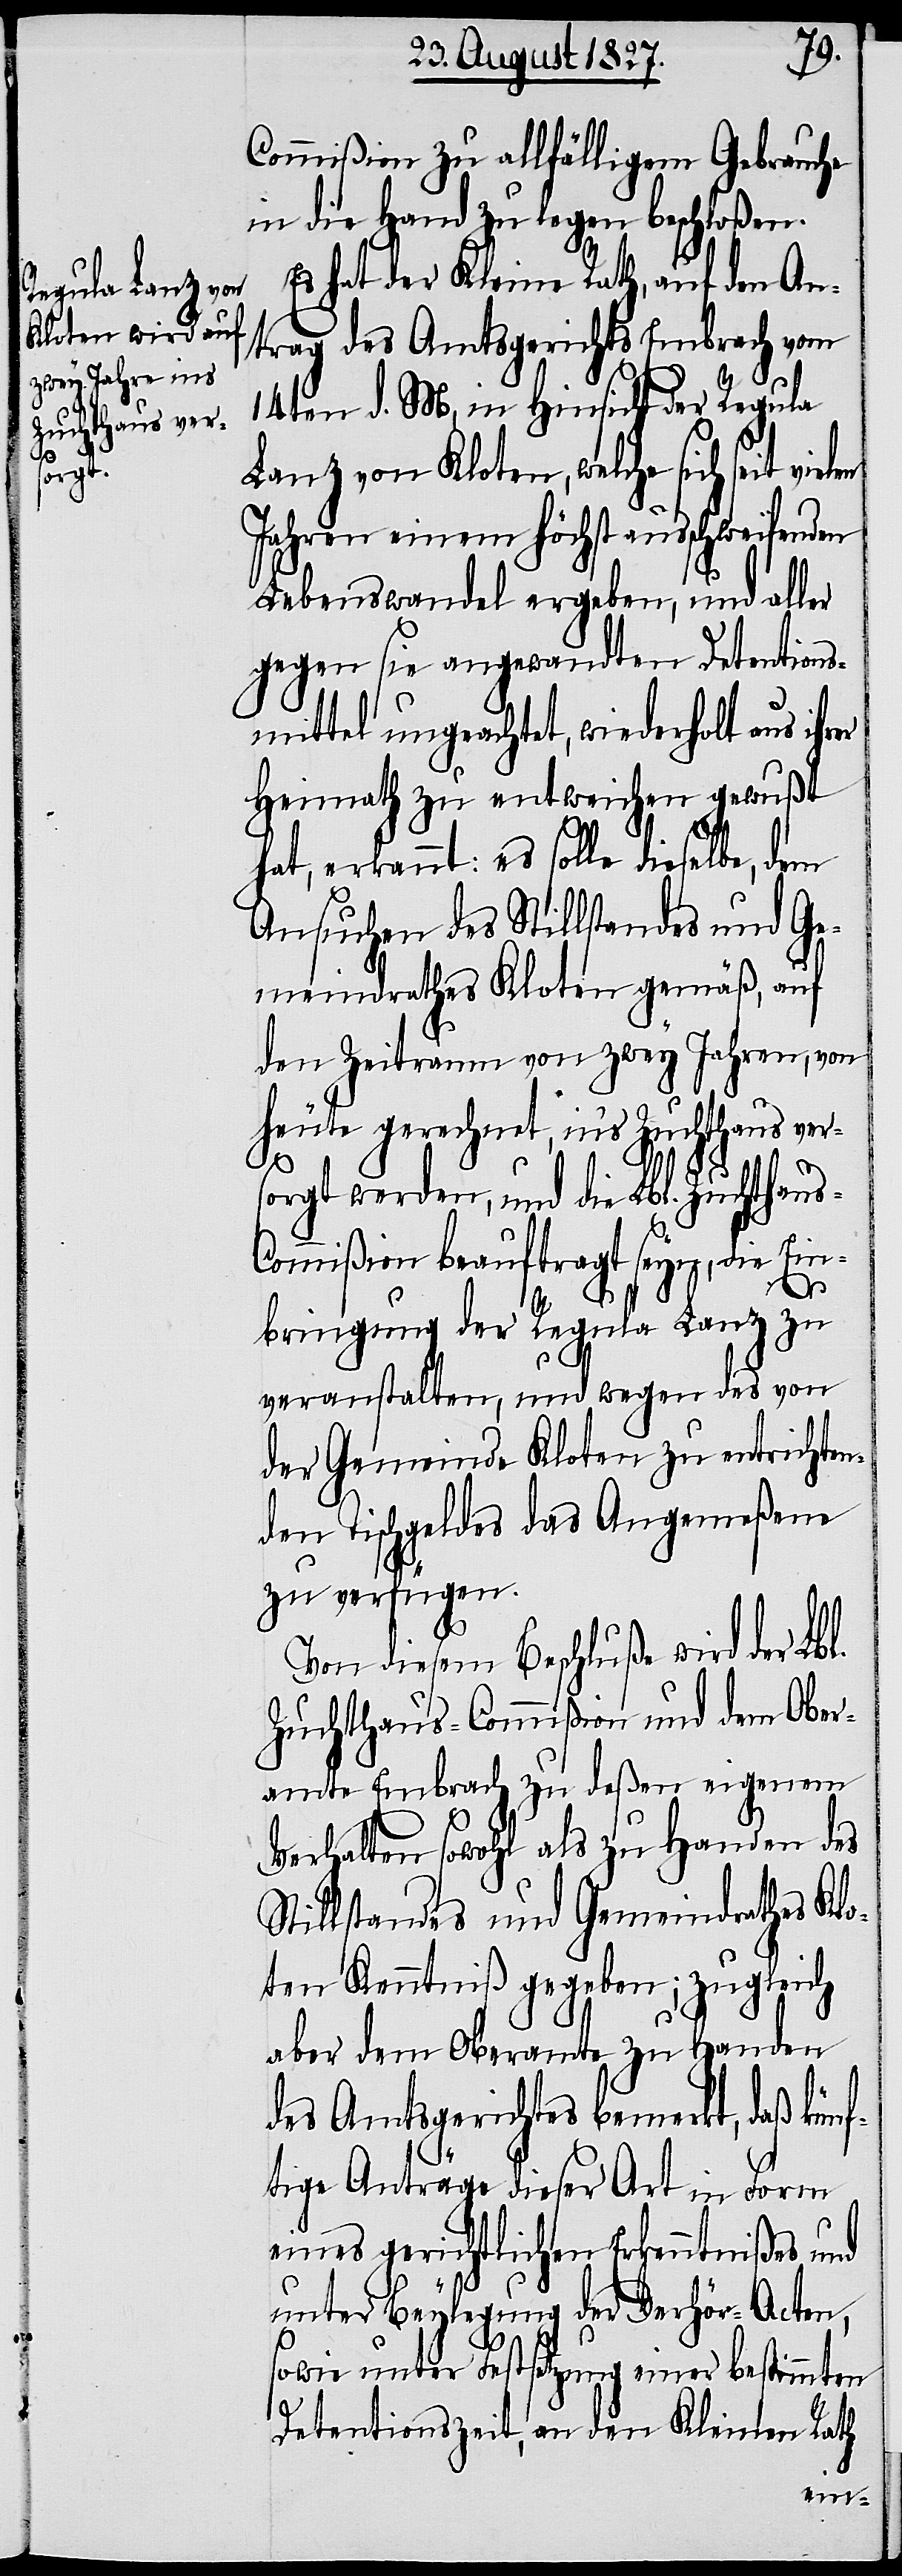
s-C¬
Commißion zu allfälligem Gebrauche
in die Hand zu legen beschloßen.
Es hat der Kleine Rath, auf den An¬
trag des Amtsgerichts Embrach vom
14ten d. M, in Hinsicht der Regula
Lanz von Kloten, welche sich seit
Jahren einem höchst ausschweifend¬
Lebenswandel ergeben, und aller
gegen sie angewandten Detentions¬
mittel ungeachtet, wiederholt aus ihr¬
Heimath zu entweichen gewußt
hat, erkannt: es solle dieselbe, dem
Ansuchen des Stillstandes und Ge¬
meindraths Kloten gemäß, auf
den Zeitraum von zwey Jahren, von
heute gerechnet, in’s Zuchthaus ver¬
sorgt werden, und die Lbl. Zuchthau¬
ommißion beauftragt seyn, die Ein¬
bringung der Regula Lanz zu
veranstalten, und wegen des von
der Gemeinde Kloten zu entrichten¬
den Tischgeldes das Angemeßene
zu verfügen.
Von diesem Beschluße wird der Lbl.
Zuchthaus-Commißion und dem Ober¬
amte Embrach zu deßen eigenem
Verhalten sowohl als zu Handen des
Stillstandes und Gemeindrathes Klo¬
ten Kenntniß gegeben; zugleich
aber dem Oberamte zu Handen
des Amtsgerichtes bemerkt, daß künf¬
tige Anträge dieser Art in Form
eines gerichtlichen Erkenntnißes und
unter Beylegung der Verhör-Acten,
sowie unter Festsetzung einer bestimmten
er
Detentionszeit, an den Kleinen Rath
vielen